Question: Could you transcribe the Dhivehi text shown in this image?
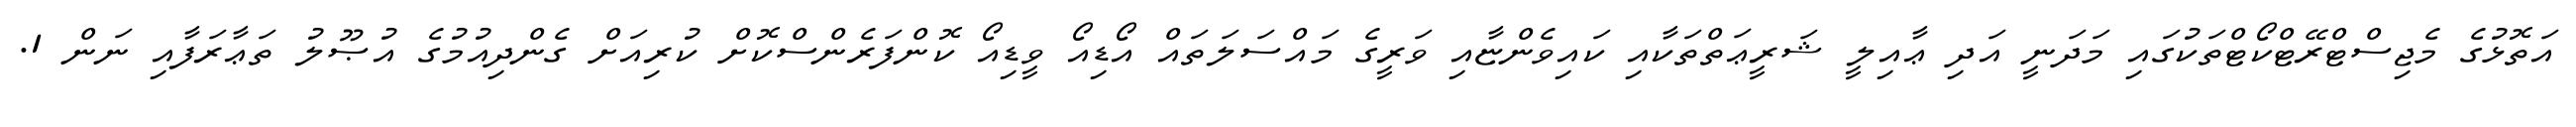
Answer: އަތޮޅުގެ މެޖިސްޓްރޭޓްކޯޓްތަކުގައި މަދަނީ އަދި ޢާއިލީ ޝަރީޢަތްތަކާއި ކައިވެންޏާއި ވަރީގެ މައްސަލަތައް އޯޑިއޯ ވީޑިއޯ ކޮންފަރެންސްކޮށް ކުރިއަށް ގެންދިއުމުގެ އުޞޫލު ތަޢާރަފާއި ނަން 1.